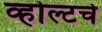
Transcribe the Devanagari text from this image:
व्होल्टचे